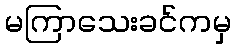
မကြာသေးခင်ကမှ